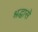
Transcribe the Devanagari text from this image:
श्रद्धासे